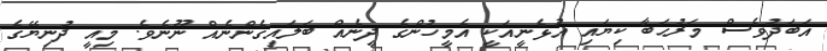
އަބަދުވެސް މަރުޙަބާ ކިޔައި އުޅެނީއަކީ އެމީހުންގެ ދީނެއް ބަލައިގެންނެއް ނޫނެވެ. މިއީ ދުނިޔޭގެ